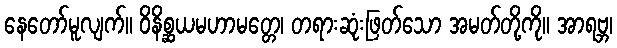
နေတော်မူလျက်။ ဝိနိစ္ဆယမဟာမတ္တေ၊ တရားဆုံးဖြတ်သော အမတ်တို့ကို။ အာရဗ္ဘ၊